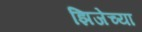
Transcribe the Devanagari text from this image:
झिजेच्या